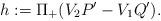
LaTeX: \begin{align*}h:=\Pi_+(V_2 P'-V_1 Q').\end{align*}